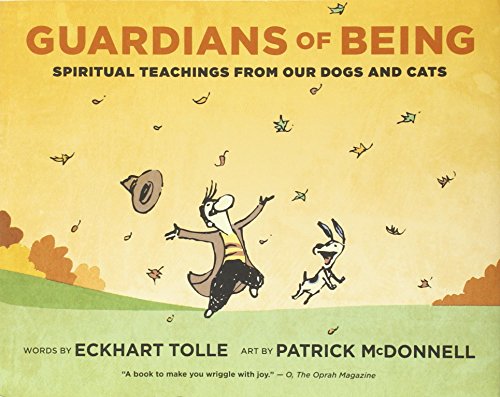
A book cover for Guardians of Being: Spiritual Teachings from Our Dogs and Cats; Eckhart Tolle; Comics & Graphic Novels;